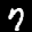
Label: 7